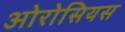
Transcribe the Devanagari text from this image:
ओरोसियस